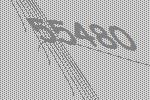
55480